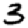
Digit: 3